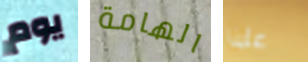
يوم الهامة علينا